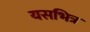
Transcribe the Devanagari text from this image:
यसभित्र